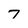
Character: 7